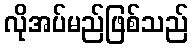
လိုအပ်မည်ဖြစ်သည်